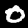
Label: 0